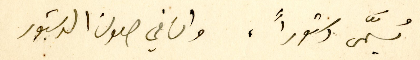
يُسمَّى دستوراً، وان في صون الدستور